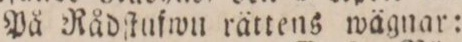
På Rådſtufwu rättens wägnar: